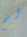
لم